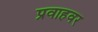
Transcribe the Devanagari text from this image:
प्रवाहवर